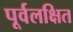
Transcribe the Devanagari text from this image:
पूर्वलक्षित